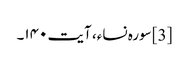
[3] سورہ نساء، آیت ۱۴۰۔